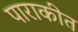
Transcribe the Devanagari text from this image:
पाराकीत